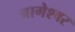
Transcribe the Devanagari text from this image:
नागेश्‍वर